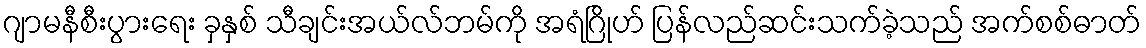
ဂျာမနီစီးပွားရေး ခှနှစ် သီချင်းအယ်လ်ဘမ်ကို အရံဂြိုဟ် ပြန်လည်ဆင်းသက်ခဲ့သည် အက်စစ်ဓာတ်